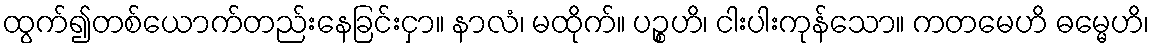
ထွက်၍တစ်ယောက်တည်းနေခြင်းငှာ။ နာလံ၊ မထိုက်။ ပဉ္စဟိ၊ ငါးပါးကုန်သော။ ကတမေဟိ ဓမ္မေဟိ၊